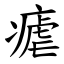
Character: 瘧